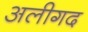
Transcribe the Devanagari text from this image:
अलीगद